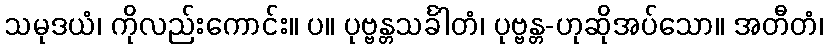
သမုဒယံ၊ ကိုလည်းကောင်း။ ပ။ ပုဗ္ဗန္တသင်္ခါတံ၊ ပုဗ္ဗန္တ-ဟုဆိုအပ်သော။ အတီတံ၊